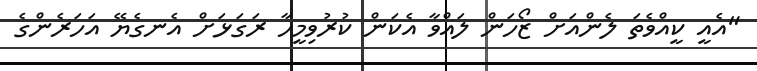
"އެއީ ކީއްވެތަ ލެންއަށް ޒޯހަން ލައްވާ އެކަން ކުރުވިމީހާ ރަގަޅަށް އެނގެޔޭ އަހަރެންގެ